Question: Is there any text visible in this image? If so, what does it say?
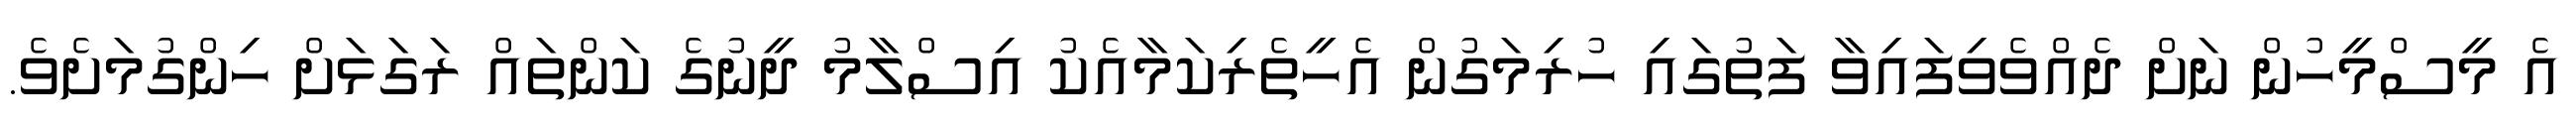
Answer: އެ މީސްމީހުން ނަށް ދެއްވެވިފައިވާ ފަތުގައި ހުރިމަގުން އެހީތެރިކަމާއެކު އިސްލާމު ދީނުގެ ކަންތައް ރަގަޅަށް ހިންގުމަށެވެ.